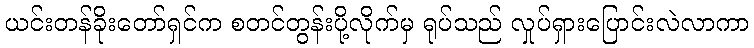
ယင်းတန်ခိုးတော်ရှင်က စတင်တွန်းပို့လိုက်မှ ရုပ်သည် လှုပ်ရှားပြောင်းလဲလာကာ